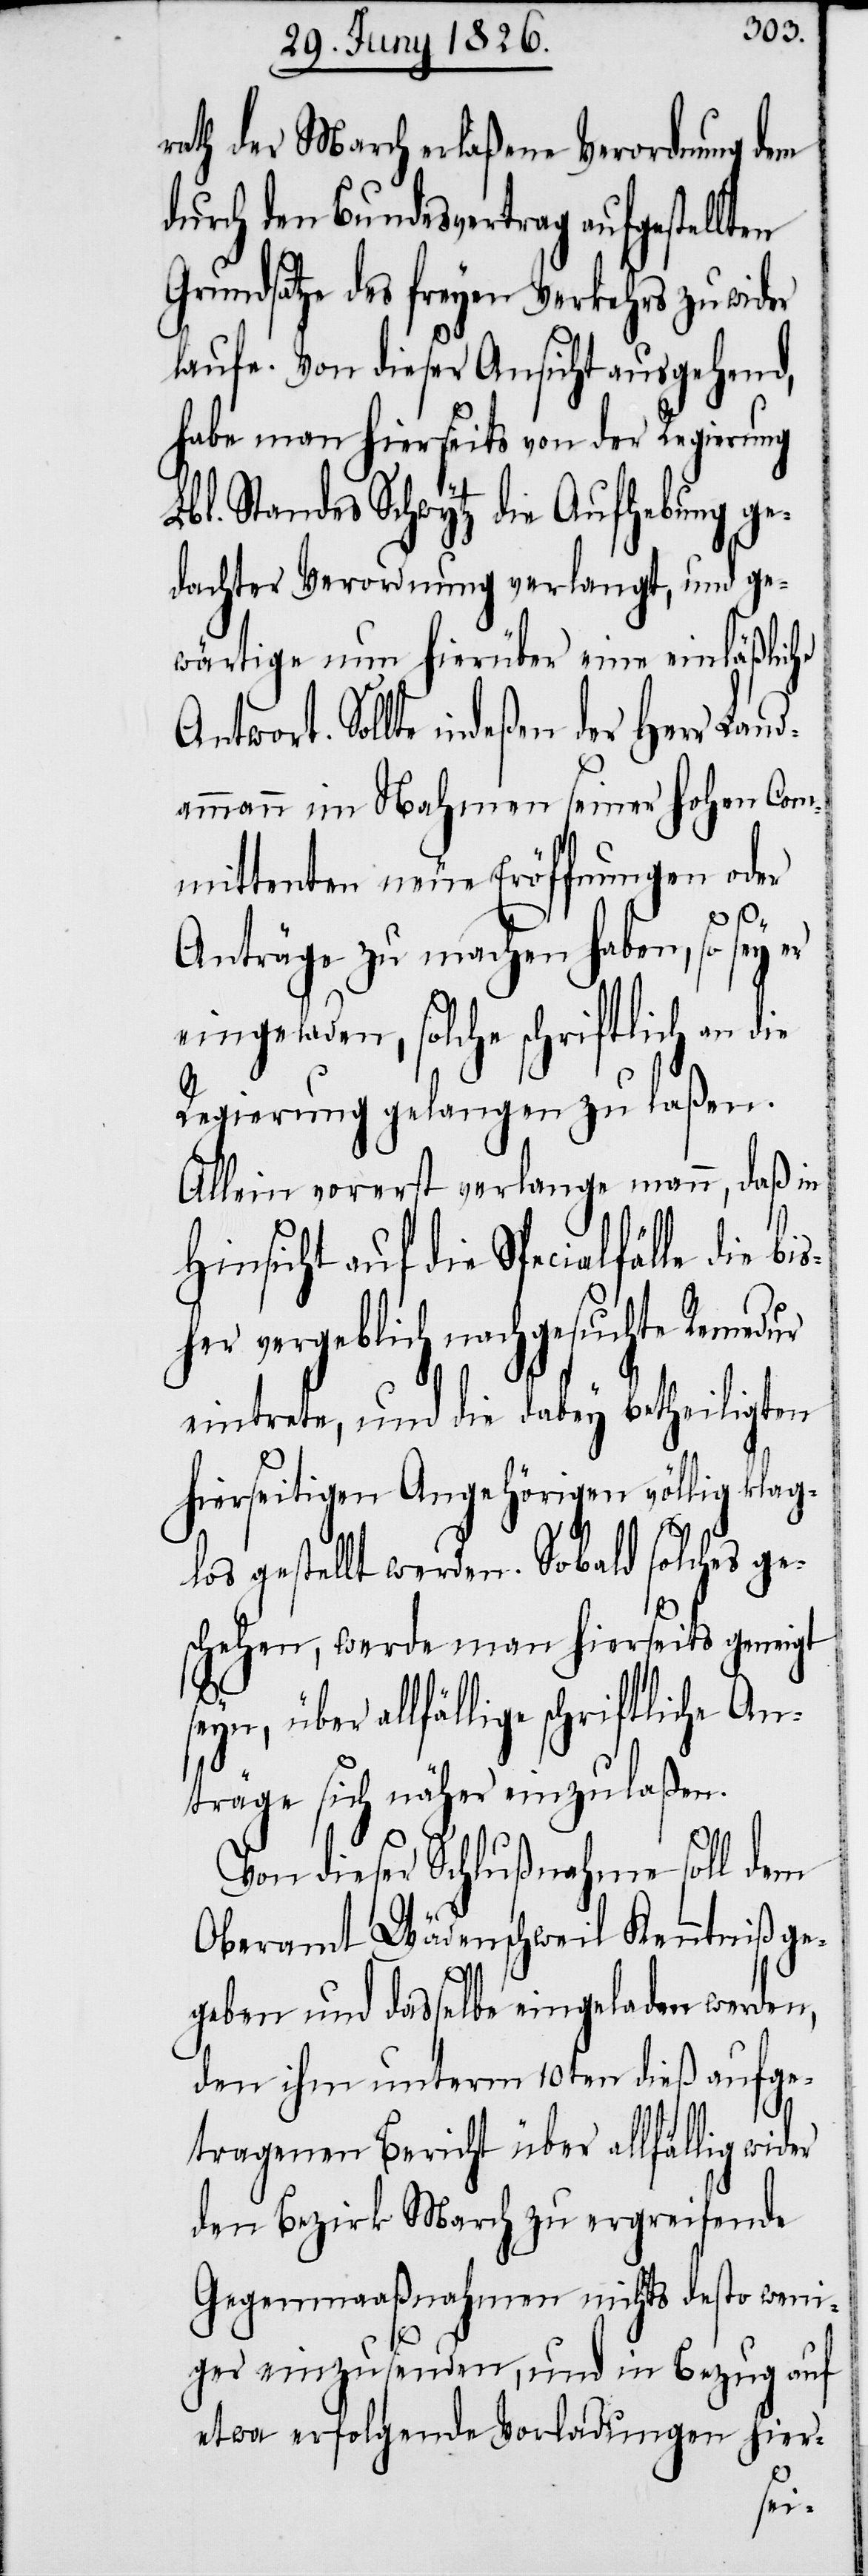
rath der March erlaßene Verordnung dem
durch den Bundesvertrag aufgestellten
Grundsatze des freyen Verkehrs zuwider
laufe. Von dieser Ansicht ausgehend,
habe man hierseits von der Regierung
bl. Standes Schwytz die Aufhebung ge¬
dachter Verordnung verlangt, und ge¬
wärtige nun hierüber eine einläßliche
Antwort. Sollte indeßen der Herr Land¬
ammann im Nahmen seiner hohen Com¬
mittenten neue Eröffnungen oder
Anträge zu machen haben, so sey
eingeladen, solche schriftlich an die
Regierung gelangen zu laßen.
Allein vorerst verlange mann, daß in
Hinsicht auf die Specialfälle die bi¬
sher vergeblich nachgesuchte Remedur
eintrete, und die dabey betheiligten
hierseitigen Angehörigen völlig klag¬
los gestellt werden. Sobald solches ge¬
schehen, werde man hierseits geneigt
seyn, über allfällige schriftliche An¬
träge sich näher einzulaßen.
Von dieser Schlußnahme soll dem
Oberamt Wädenschweil Kenntniß ge¬
L¬
geben und dasselbe eingeladen werden,
den ihm unterm 10ten dieß aufge¬
tragenen Bericht über allfällig wider
den Bezirk March zu ergreifende
Gegenmaaßnahmen nichts desto weni¬
ger einzusenden, und in Bezug auf
etwa erfolgende Vorladungen hier-